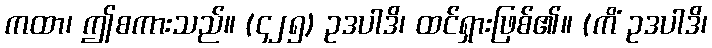
ကထာ၊ ဤစကားသည်။ (၄၂၅) ဥဒပါဒိ၊ ထင်ရှားဖြစ်၏။ (ကိံ ဥဒပါဒိ၊